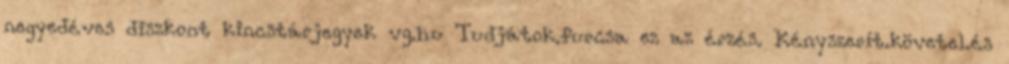
negyedéves diszkont kincstárjegyek vg.hu Tudjátok.furcsa ez az érzés. Kényszerít.követel.és